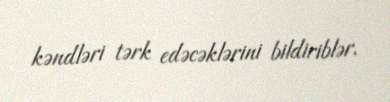
kəndləri tərk edəcəklərini bildiriblər.